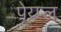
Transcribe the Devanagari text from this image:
पेय्प्ल